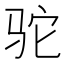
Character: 驼